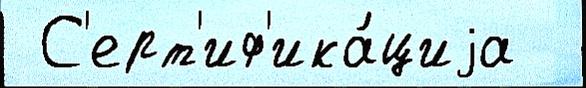
 С'ерт'иф'ика́циjа